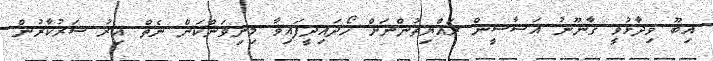
އިބޫ ވިދާޅުވީ ގާނޫނު އަސާސީން ރައްޔިތުންނަށް ހޯދައިދީފައިވާ މިނިވަންކަން ނެތް އިރު ސަރުކާރުން